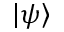
\left| \psi \right\rangle